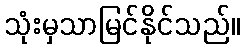
သုံးမှသာမြင်နိုင်သည်။